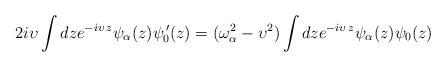
LaTeX: \begin{align*}2i\upsilon \int dze^{-i\upsilon \,z}\psi _\alpha (z)\psi _0^{\,\prime}(z)=(\omega _\alpha ^2-\upsilon ^2)\int dze^{-i\upsilon \,z}\psi _\alpha(z)\psi _0(z)\end{align*}